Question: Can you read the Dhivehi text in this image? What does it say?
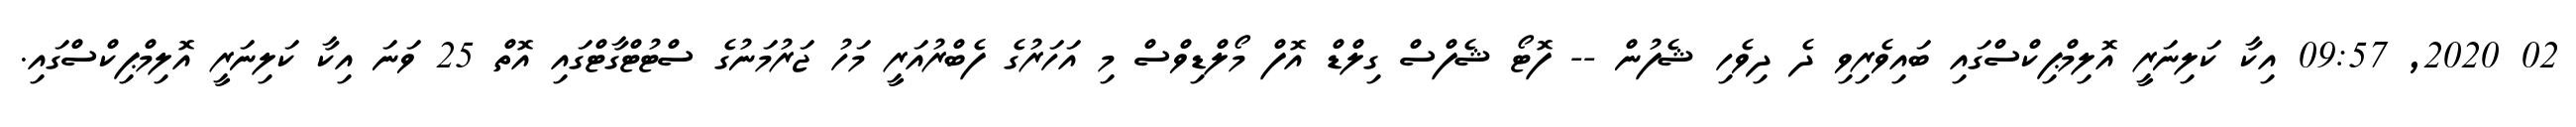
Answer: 02 2020, 09:57 އިކާ ކަލިނަރީ އޮލިމްޕިކްސްގައި ބައިވެރިވި ދެ ދިވެހި ޝެފުން -- ފޮޓޯ ޝެފްސް ގިލްޑް އޮފް މޯލްޑިވްސް މި އަހަރުގެ ފެބްރުއަރީ މަހު ޖަރުމަނުގެ ސްޓުޓްގާޓްގައި އޮތް 25 ވަނަ އިކާ ކަލިނަރީ އޮލިމްޕިކްސްގައި.